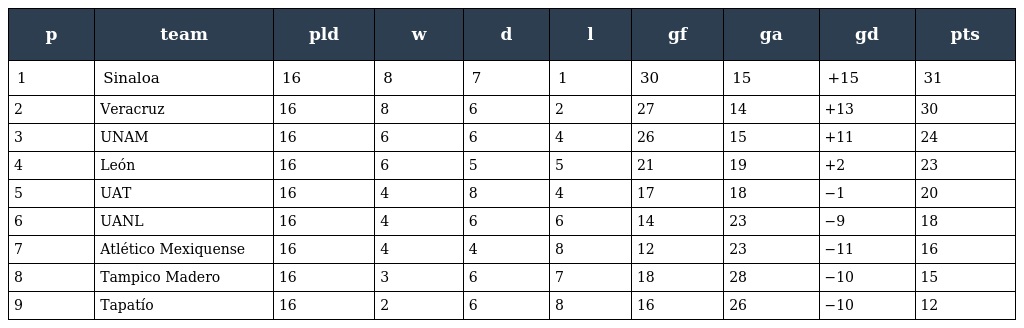
| p | team | pld | w | d | l | gf | ga | gd | pts |
 | --- | --- | --- | --- | --- | --- | --- | --- | --- | --- |
 | 1 | Sinaloa | 16 | 8 | 7 | 1 | 30 | 15 | +15 | 31 |
 | 2 | Veracruz | 16 | 8 | 6 | 2 | 27 | 14 | +13 | 30 |
 | 3 | UNAM | 16 | 6 | 6 | 4 | 26 | 15 | +11 | 24 |
 | 4 | León | 16 | 6 | 5 | 5 | 21 | 19 | +2 | 23 |
 | 5 | UAT | 16 | 4 | 8 | 4 | 17 | 18 | −1 | 20 |
 | 6 | UANL | 16 | 4 | 6 | 6 | 14 | 23 | −9 | 18 |
 | 7 | Atlético Mexiquense | 16 | 4 | 4 | 8 | 12 | 23 | −11 | 16 |
 | 8 | Tampico Madero | 16 | 3 | 6 | 7 | 18 | 28 | −10 | 15 |
 | 9 | Tapatío | 16 | 2 | 6 | 8 | 16 | 26 | −10 | 12 |